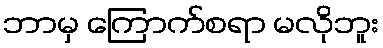
ဘာမှ ကြောက်စရာ မလိုဘူး